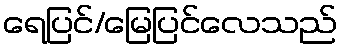
ရေပြင်/မြေပြင်လေသည်